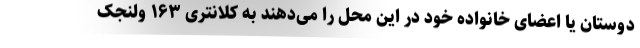
دوستان یا اعضای خانواده خود در این محل را می‌دهند به کلانتری ۱۶۳ ولنجک